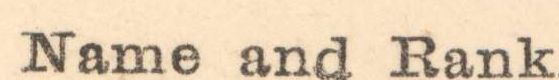
Name and Rank